Calcutta medical institutions reports 1879-81 [i.e.91]
Year: 1879
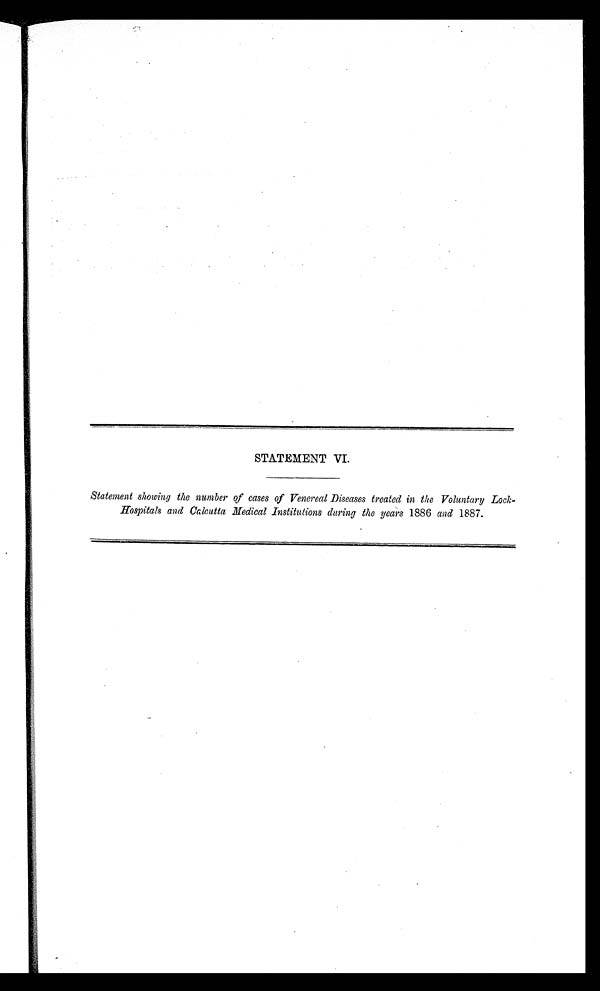
STATEMENT VI.
Statement showing the number of cases of Venereal Diseases treated in the Voluntary Lock-
Hospitals and Calcutta Medical Institutions during the years 1886 and 1887.